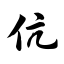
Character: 伉